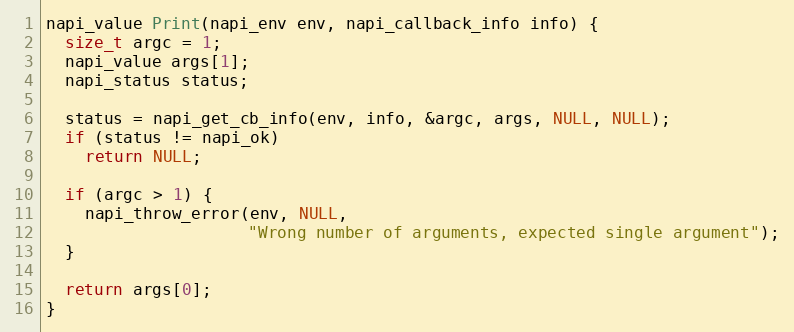
Language: C++
napi_value Print(napi_env env, napi_callback_info info) {
  size_t argc = 1;
  napi_value args[1];
  napi_status status;

  status = napi_get_cb_info(env, info, &argc, args, NULL, NULL);
  if (status != napi_ok)
    return NULL;

  if (argc > 1) {
    napi_throw_error(env, NULL,
                     "Wrong number of arguments, expected single argument");
  }

  return args[0];
}